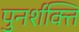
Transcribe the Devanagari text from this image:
पुनर्शक्ति